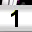
Digit: 1